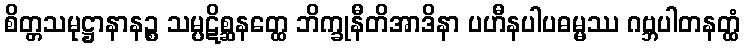
စိတ္တသမုဋ္ဌာနာနဉ္စ သမ္ပဋိစ္ဆနတ္ထေ ဘိက္ခုနီတိအာဒိနာ ပဟီနပါပဓမ္မဿ ဂဗ္ဘပါတနတ္ထံ